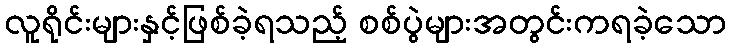
လူရိုင်းများနှင့်ဖြစ်ခဲ့ရသည့် စစ်ပွဲများအတွင်းကရခဲ့သော